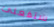
ستفعلى